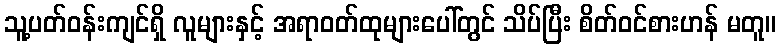
သူ့ပတ်ဝန်းကျင်ရှိ လူများနှင့် အရာဝတ်ထုများပေါ်တွင် သိပ်ပြီး စိတ်ဝင်စားဟန် မတူ။